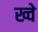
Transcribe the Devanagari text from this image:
ख्वे